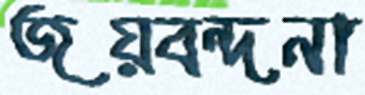
জয়বন্দনা